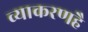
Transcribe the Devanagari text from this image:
व्याकरणहै